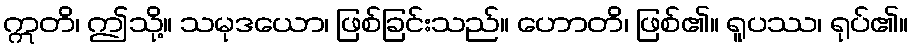
ဣတိ၊ ဤသို့။ သမုဒယော၊ ဖြစ်ခြင်းသည်။ ဟောတိ၊ ဖြစ်၏။ ရူပဿ၊ ရုပ်၏။